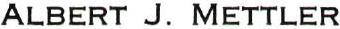
ALBERT J. METTLER